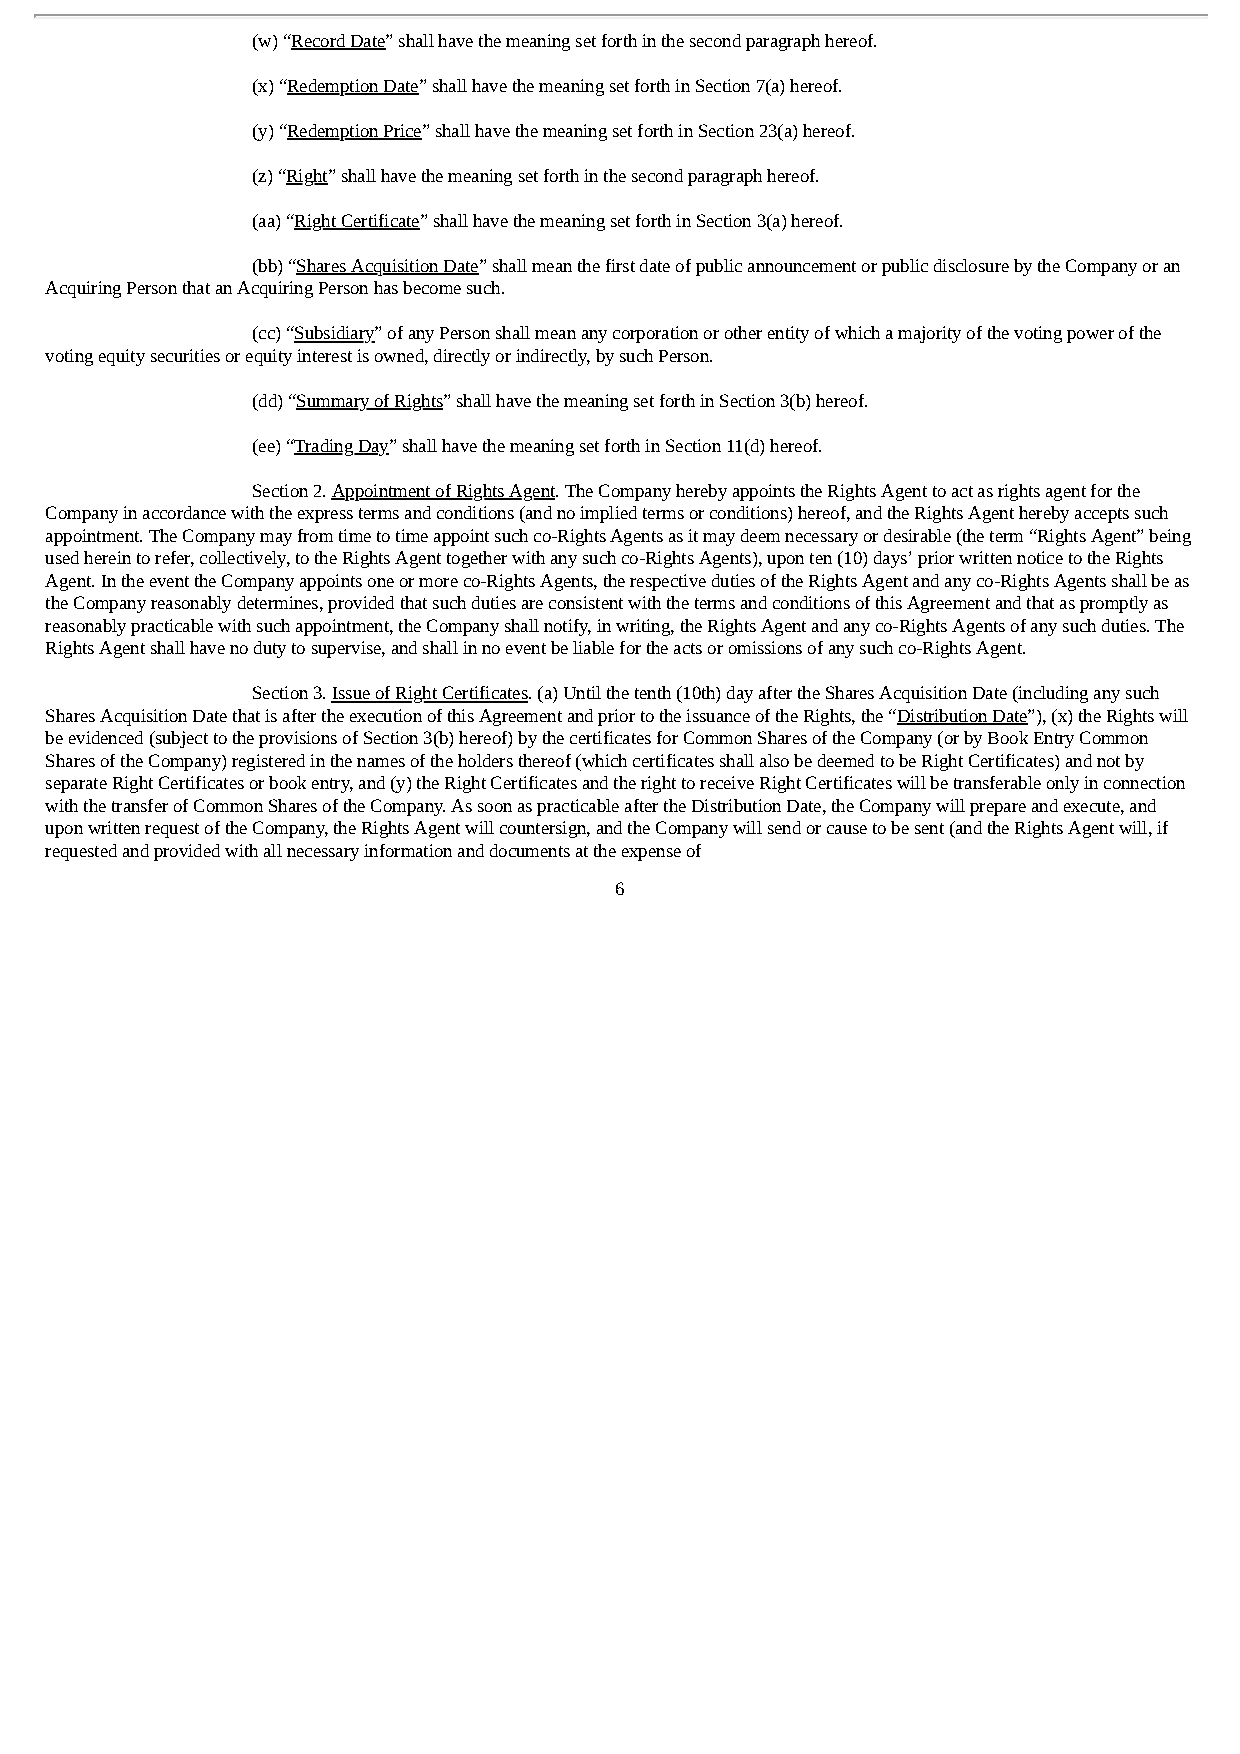
(w) “Record Date” shall have the meaning set forth in the second paragraph hereof.
 (x) “Redemption Date” shall have the meaning set forth in Section 7(a) hereof.
 (y) “Redemption Price” shall have the meaning set forth in Section 23(a) hereof.
 (z) “Right” shall have the meaning set forth in the second paragraph hereof.
 (aa) “Right Certificate” shall have the meaning set forth in Section 3(a) hereof.
 (bb) “Shares Acquisition Date” shall mean the first date of public announcement or public disclosure by the Company or an
 Acquiring Person that an Acquiring Person has become such.
 (cc) “Subsidiary” of any Person shall mean any corporation or other entity of which a majority of the voting power of the
 voting equity securities or equity interest is owned, directly or indirectly, by such Person.
 (dd) “Summary of Rights” shall have the meaning set forth in Section 3(b) hereof.
 (ee) “Trading Day” shall have the meaning set forth in Section 11(d) hereof.
 Section 2. Appointment of Rights Agent. The Company hereby appoints the Rights Agent to act as rights agent for the
 Company in accordance with the express terms and conditions (and no implied terms or conditions) hereof, and the Rights Agent hereby accepts such
 appointment. The Company may from time to time appoint such co-Rights Agents as it may deem necessary or desirable (the term “Rights Agent” being
 used herein to refer, collectively, to the Rights Agent together with any such co-Rights Agents), upon ten (10) days’ prior written notice to the Rights
 Agent. In the event the Company appoints one or more co-Rights Agents, the respective duties of the Rights Agent and any co-Rights Agents shall be as
 the Company reasonably determines, provided that such duties are consistent with the terms and conditions of this Agreement and that as promptly as
 reasonably practicable with such appointment, the Company shall notify, in writing, the Rights Agent and any co-Rights Agents of any such duties. The
 Rights Agent shall have no duty to supervise, and shall in no event be liable for the acts or omissions of any such co-Rights Agent.
 Section 3. Issue of Right Certificates. (a) Until the tenth (10th) day after the Shares Acquisition Date (including any such
 Shares Acquisition Date that is after the execution of this Agreement and prior to the issuance of the Rights, the “Distribution Date”), (x) the Rights will
 be evidenced (subject to the provisions of Section 3(b) hereof) by the certificates for Common Shares of the Company (or by Book Entry Common
 Shares of the Company) registered in the names of the holders thereof (which certificates shall also be deemed to be Right Certificates) and not by
 separate Right Certificates or book entry, and (y) the Right Certificates and the right to receive Right Certificates will be transferable only in connection
 with the transfer of Common Shares of the Company. As soon as practicable after the Distribution Date, the Company will prepare and execute, and
 upon written request of the Company, the Rights Agent will countersign, and the Company will send or cause to be sent (and the Rights Agent will, if
 requested and provided with all necessary information and documents at the expense of
 6